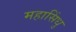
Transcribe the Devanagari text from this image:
महासिंधु